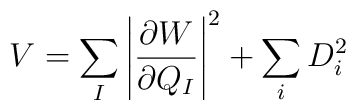
V= \sum_{I} \left| \frac{\partial W}{\partial Q_{I}} \right|^2   + \sum_i D^2_i